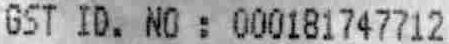
GST ID. NO : 000181747712